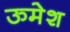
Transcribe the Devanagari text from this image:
ऊमेश